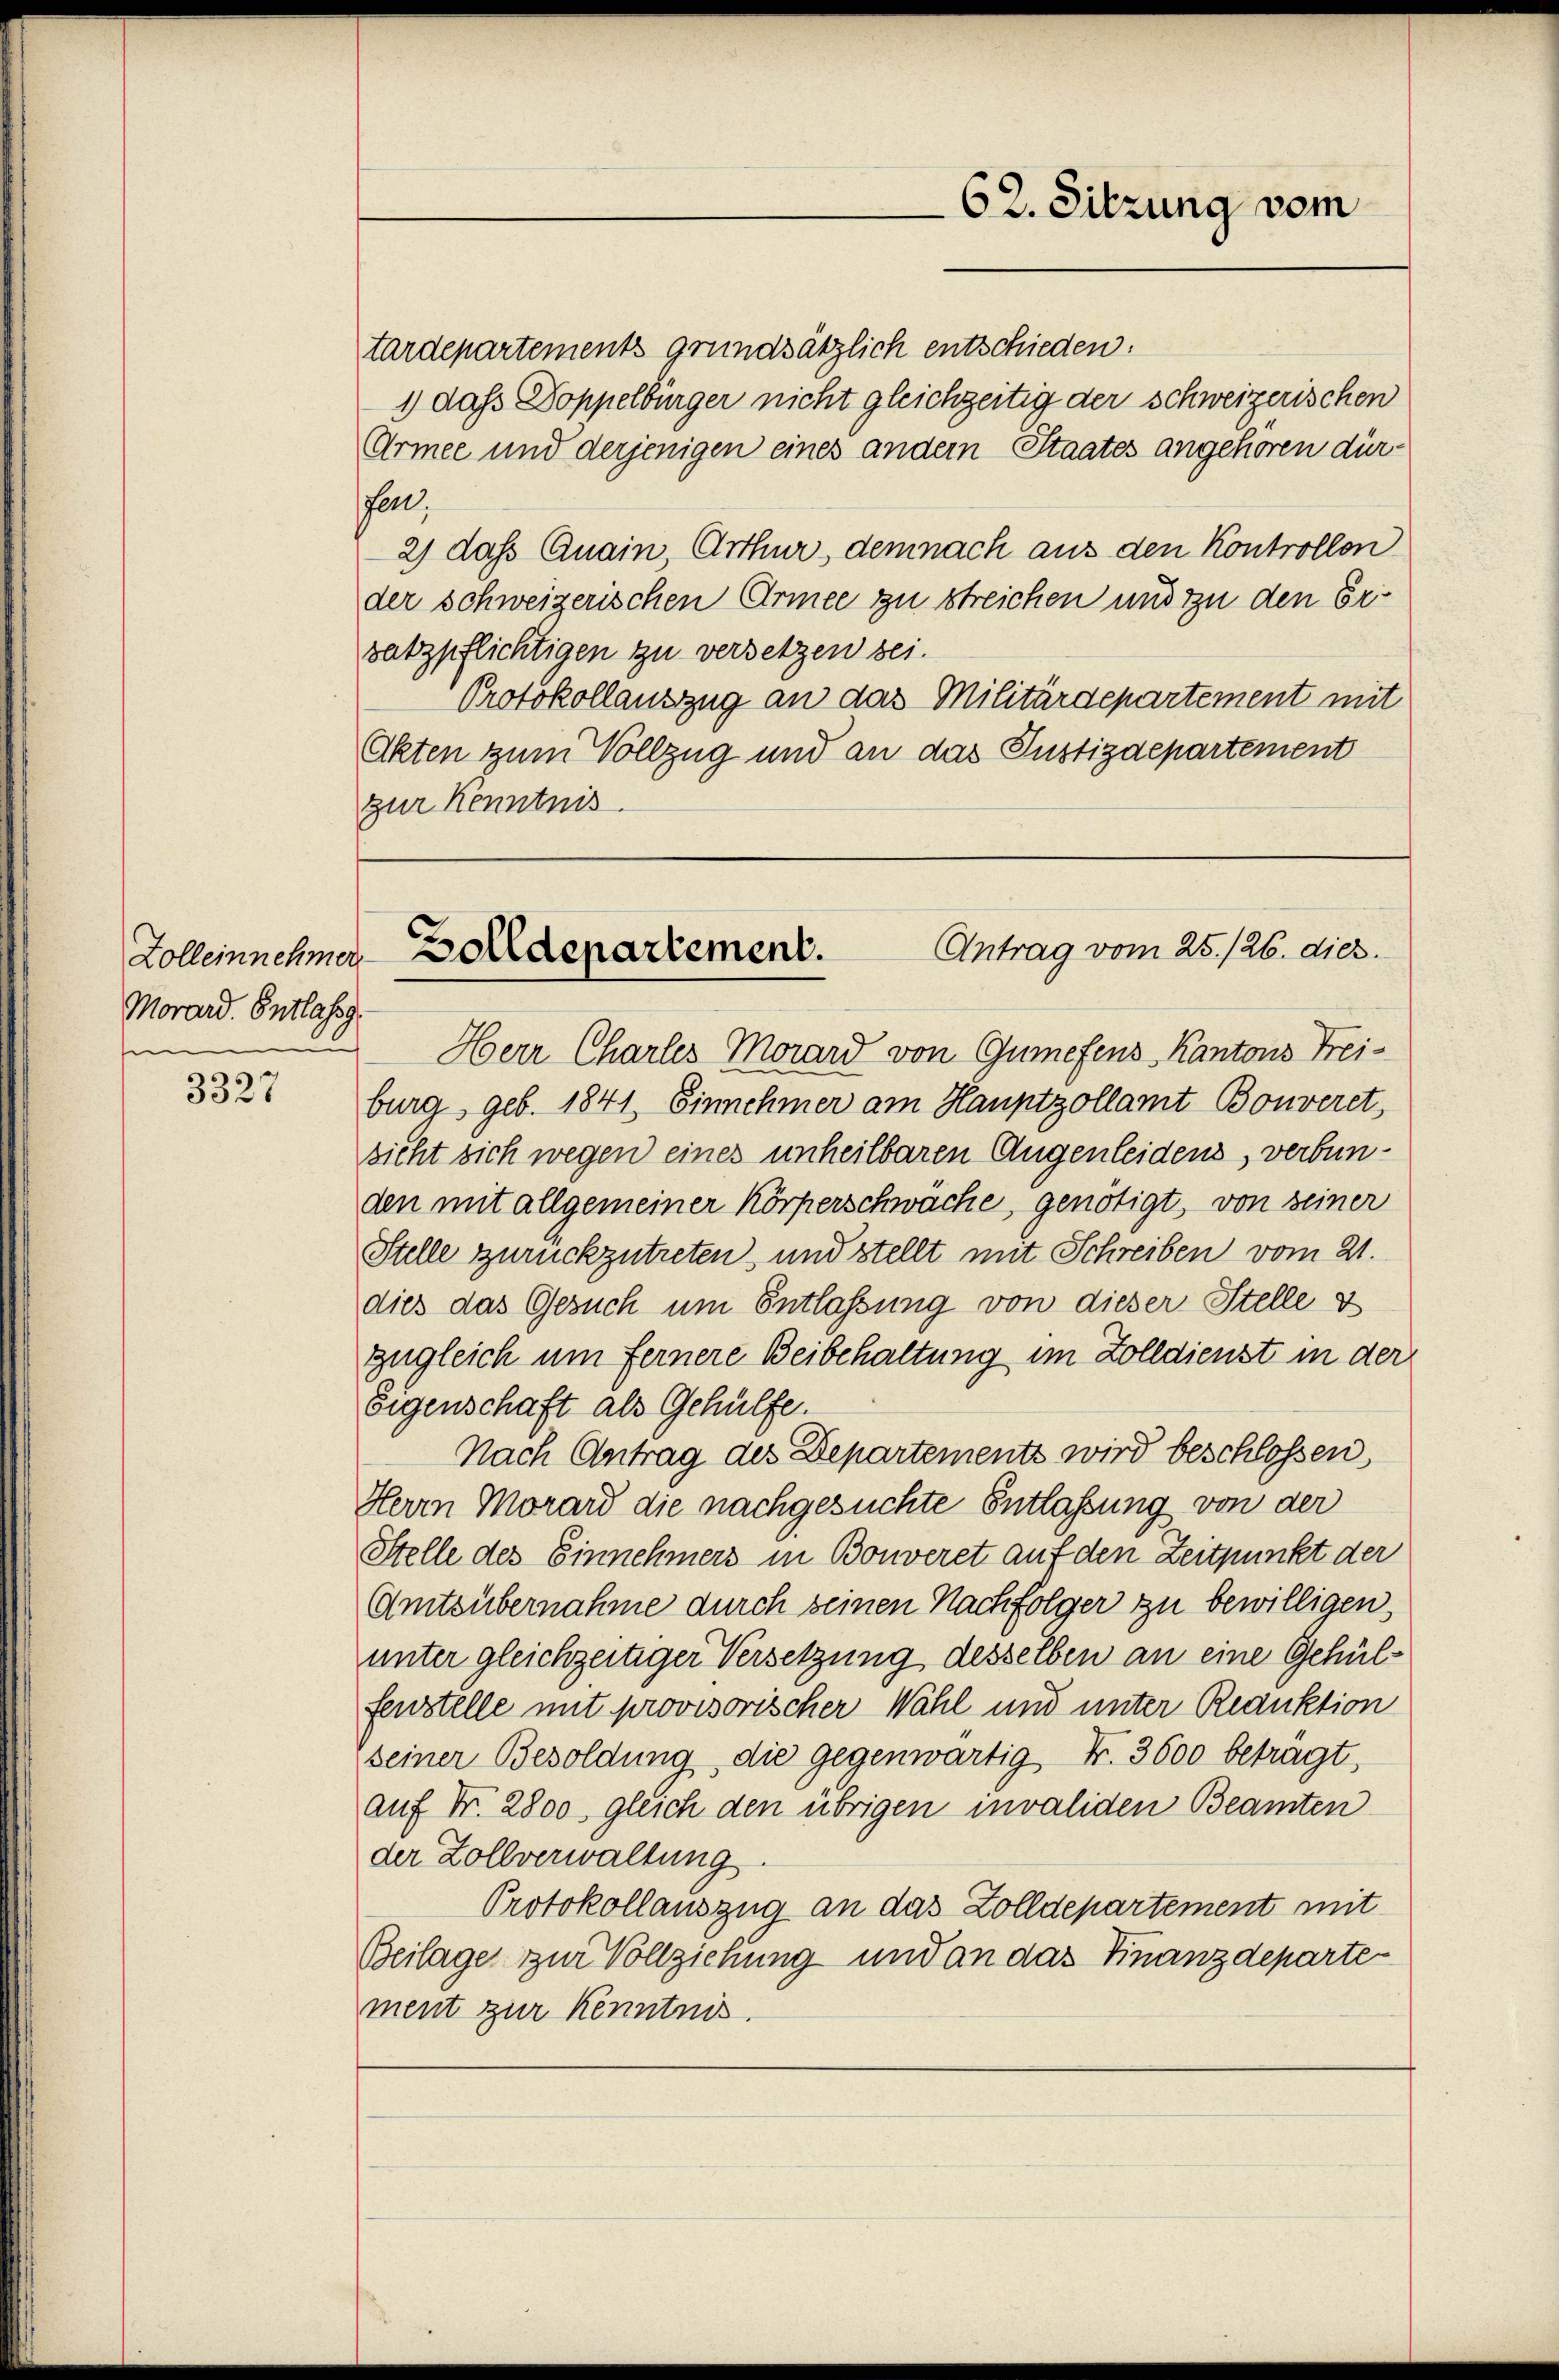
Zolleinnehmer
Morard. Entlassg
e

3327

62. Sitzung vom

tardepartements grundsätzlich entschieden:
1) das Doppelbürger nicht gleichzeitig der schweizerischen
Armee und derjenigen eines andern Staates angehören dürsen;
2) das Quain, Arthur, demnach aus den Kontrollen
der schweizerischen Armee zu streichen und zu den Ersatzpflichtigen zu versetzen sei.
Protokollauszug an das Militärdepartement mit
Okten zum Vollzug und an das Justizdepartement
zur Kenntnis

Antrag vom 25./26. dies.
Zolldepartement.

Herr Charles Morard von Gumefens Kantons Freiburg, geb. 1841. Einnehmer am Hauptzollamt Bonveret,
sicht sich wegen eines unheilbaren Augenleidens, verbunden mit allgemeiner Körperschwache, genötigt, von seiner
Stelle zurückzutreten, und stellt mit Schreiben vom 21.
dies das Gesuch um Entlassung von dieser Stelle v
zugleich um Fernere Beibehaltung im Zolldienst in der
Eigenschaft als Gehülfe.
Nach Antrag des Departements wird beschlossen,
Herrn Morard die nachgesuchte Entlaßung von der
Stelle des Einnehmers in Bonveret auf den Zeitpunkt der
Amtsübernahme durch seinen Nachfolger zu bewilligen,
unter gleichzeitiger Versetzung desselben an eine Gehülfenstelle mit provisorischer Wahl und unter Reduktion
seiner Besoldung die gegenwärtig Fr. 3600 betragt,
auf Nr. 2800 gleich den übrigen invaliden Beamten
der Zollverwaltung.
Protokollauszug an das Zolldepartement mit
Beilager zur Vollziehung und an das Finanzdeparte
ment zur Kenntnis.